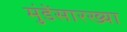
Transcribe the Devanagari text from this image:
मुंडेंसारख्या